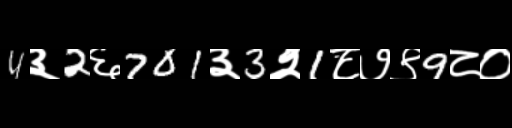
Text: 4३2६701३3२1८७९9८०